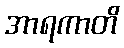
အာရကာတိ